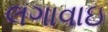
લગાવાઇ